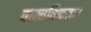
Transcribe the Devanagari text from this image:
वास्तविकता।